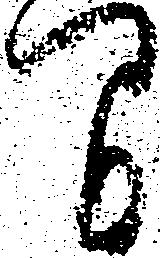
間